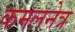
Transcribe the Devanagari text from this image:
कमलनेत्र